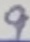
Text: 9